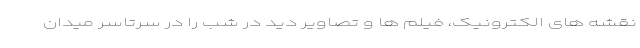
نقشه های الکترونیک، فیلم ها و تصاویر دید در شب را در سرتاسر میدان